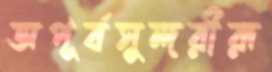
অপূর্বসুন্দরীরূ